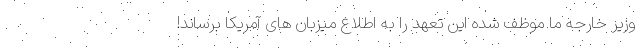
وزیر خارجه ما موظف شده این تعهد را به اطلاع میزبان های آمریکا برساند!